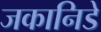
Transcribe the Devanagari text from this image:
जकानिडे